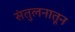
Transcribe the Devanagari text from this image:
संतुलनातून